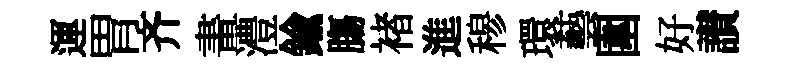
運胃齐畫澧鍮膓褚進𥠇環藝圍好讃